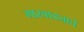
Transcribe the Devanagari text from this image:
मारवाड्याचे